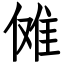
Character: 傩